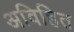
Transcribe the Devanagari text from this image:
अविहित